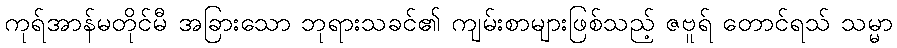
ကုရ်အာန်မတိုင်မီ အခြားသော ဘုရားသခင်၏ ကျမ်းစာများဖြစ်သည့် ဇဗူရ် တောင်ရသ် သမ္မာ